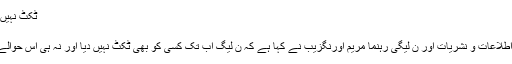
ٹکٹ نہیں دیا گیا - Khouj News
ٹکٹ نہیں دیا گیا
سابق وزیر مملکت برائے اطلاعات و نشریات اور ن لیگی رہنما مریم اورنگزیب نے کہا ہے کہ ن لیگ اب تک کسی کو بھی ٹکٹ نہیں دیا اور نہ ہی اس حوالے سے کوئی اعلان ہوا ہے ۔